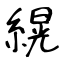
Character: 縨